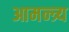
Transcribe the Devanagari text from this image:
आमन्त्र्य